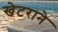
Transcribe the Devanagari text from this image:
खेटराने